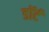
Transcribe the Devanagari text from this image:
डॉर्ट